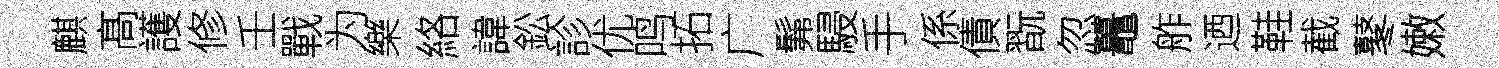
麒髙護修壬戰为樂絡諱鈆診优鸣拓广髴駸手係債翫忽鼉舴迺鞋截鼕嫩